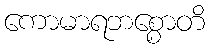
ကောမာရဘစ္စောတိ